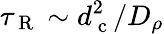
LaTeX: \tau_{\mathrm{~R~}}\sim d_{\mathrm{~c~}}^{2}/D_{\rho}